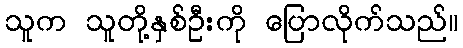
သူက သူတို့နှစ်ဦးကို ပြောလိုက်သည်။